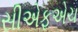
સીએફએચ